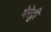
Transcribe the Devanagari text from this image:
मेरेठ्ठी